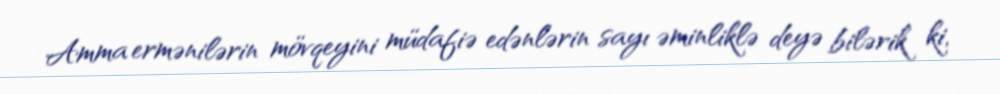
Amma ermənilərin mövqeyini müdafiə edənlərin sayı əminliklə deyə bilərik ki,